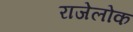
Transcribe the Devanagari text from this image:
राजेलोक